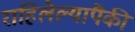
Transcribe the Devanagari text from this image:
राहिलेल्यापैंकी